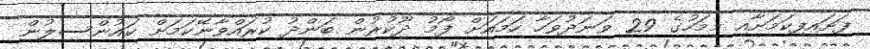
ފަށައިފިކަމަށާއި މިމަހުގެ 29 ވަނަދުވަހާ ހަމައަށް ފޯމު ދޫކުރުން ބަންދު ކުރައްވާނޭކަމަށް ކައުންސިލުން